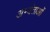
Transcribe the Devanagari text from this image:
अभ्यंताओं